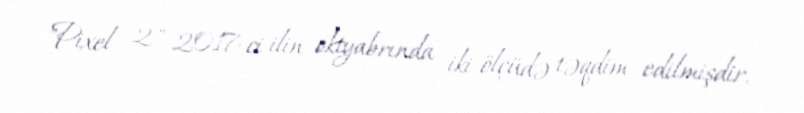
"Pixel 2" 2017-ci ilin oktyabrında iki ölçüdə təqdim edilmişdir.